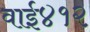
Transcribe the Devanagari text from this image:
वाई४१२